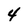
Character: 4